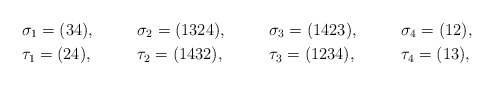
\begin{align*}&\sigma_1=(34), &&\sigma_2=(1324), && \sigma_3=(1423),&& \sigma_4=(12),\\&\tau_1=(24), && \tau_2=(1432), && \tau_3=(1234),&& \tau_4=(13),\end{align*}